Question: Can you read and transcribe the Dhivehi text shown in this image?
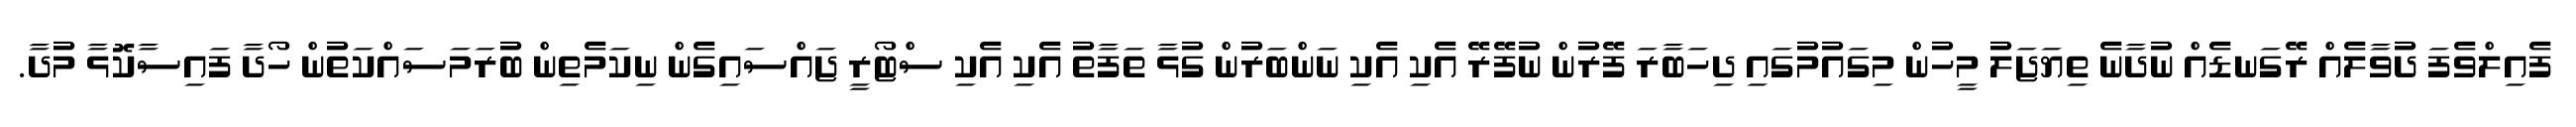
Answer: ފެއިލްވެފަ ދުވާލެއް ރޭގަނޑެއް ނުދާނެ ތިޔަޖަލު މީހުން މިގައުމުގައި ދިހަބާރަ ފޭރުން ނުފޭރޭ އެކި އެކި ނަންބަރުން ގުޅާ ތަފާތު އެކި އެކި ސްޓޯރީ ޖައްސައިގެން ނިކަމެތިން ބުރަމަސައްކަތުން ހޯދާ ފައިސާކޮޅާ މުދާ.